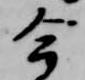
今